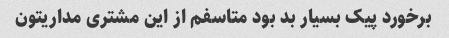
برخورد پیک بسیار بد بود متاسفم از این مشتری مداریتون